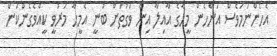
އެހެންނަމަވެސް އަންހެން މީހާގެ އާއިލާ އިން ވަގުތަށް ބުނީ އެމީހާ މަރުވީ ކީއްވެގެންކަން